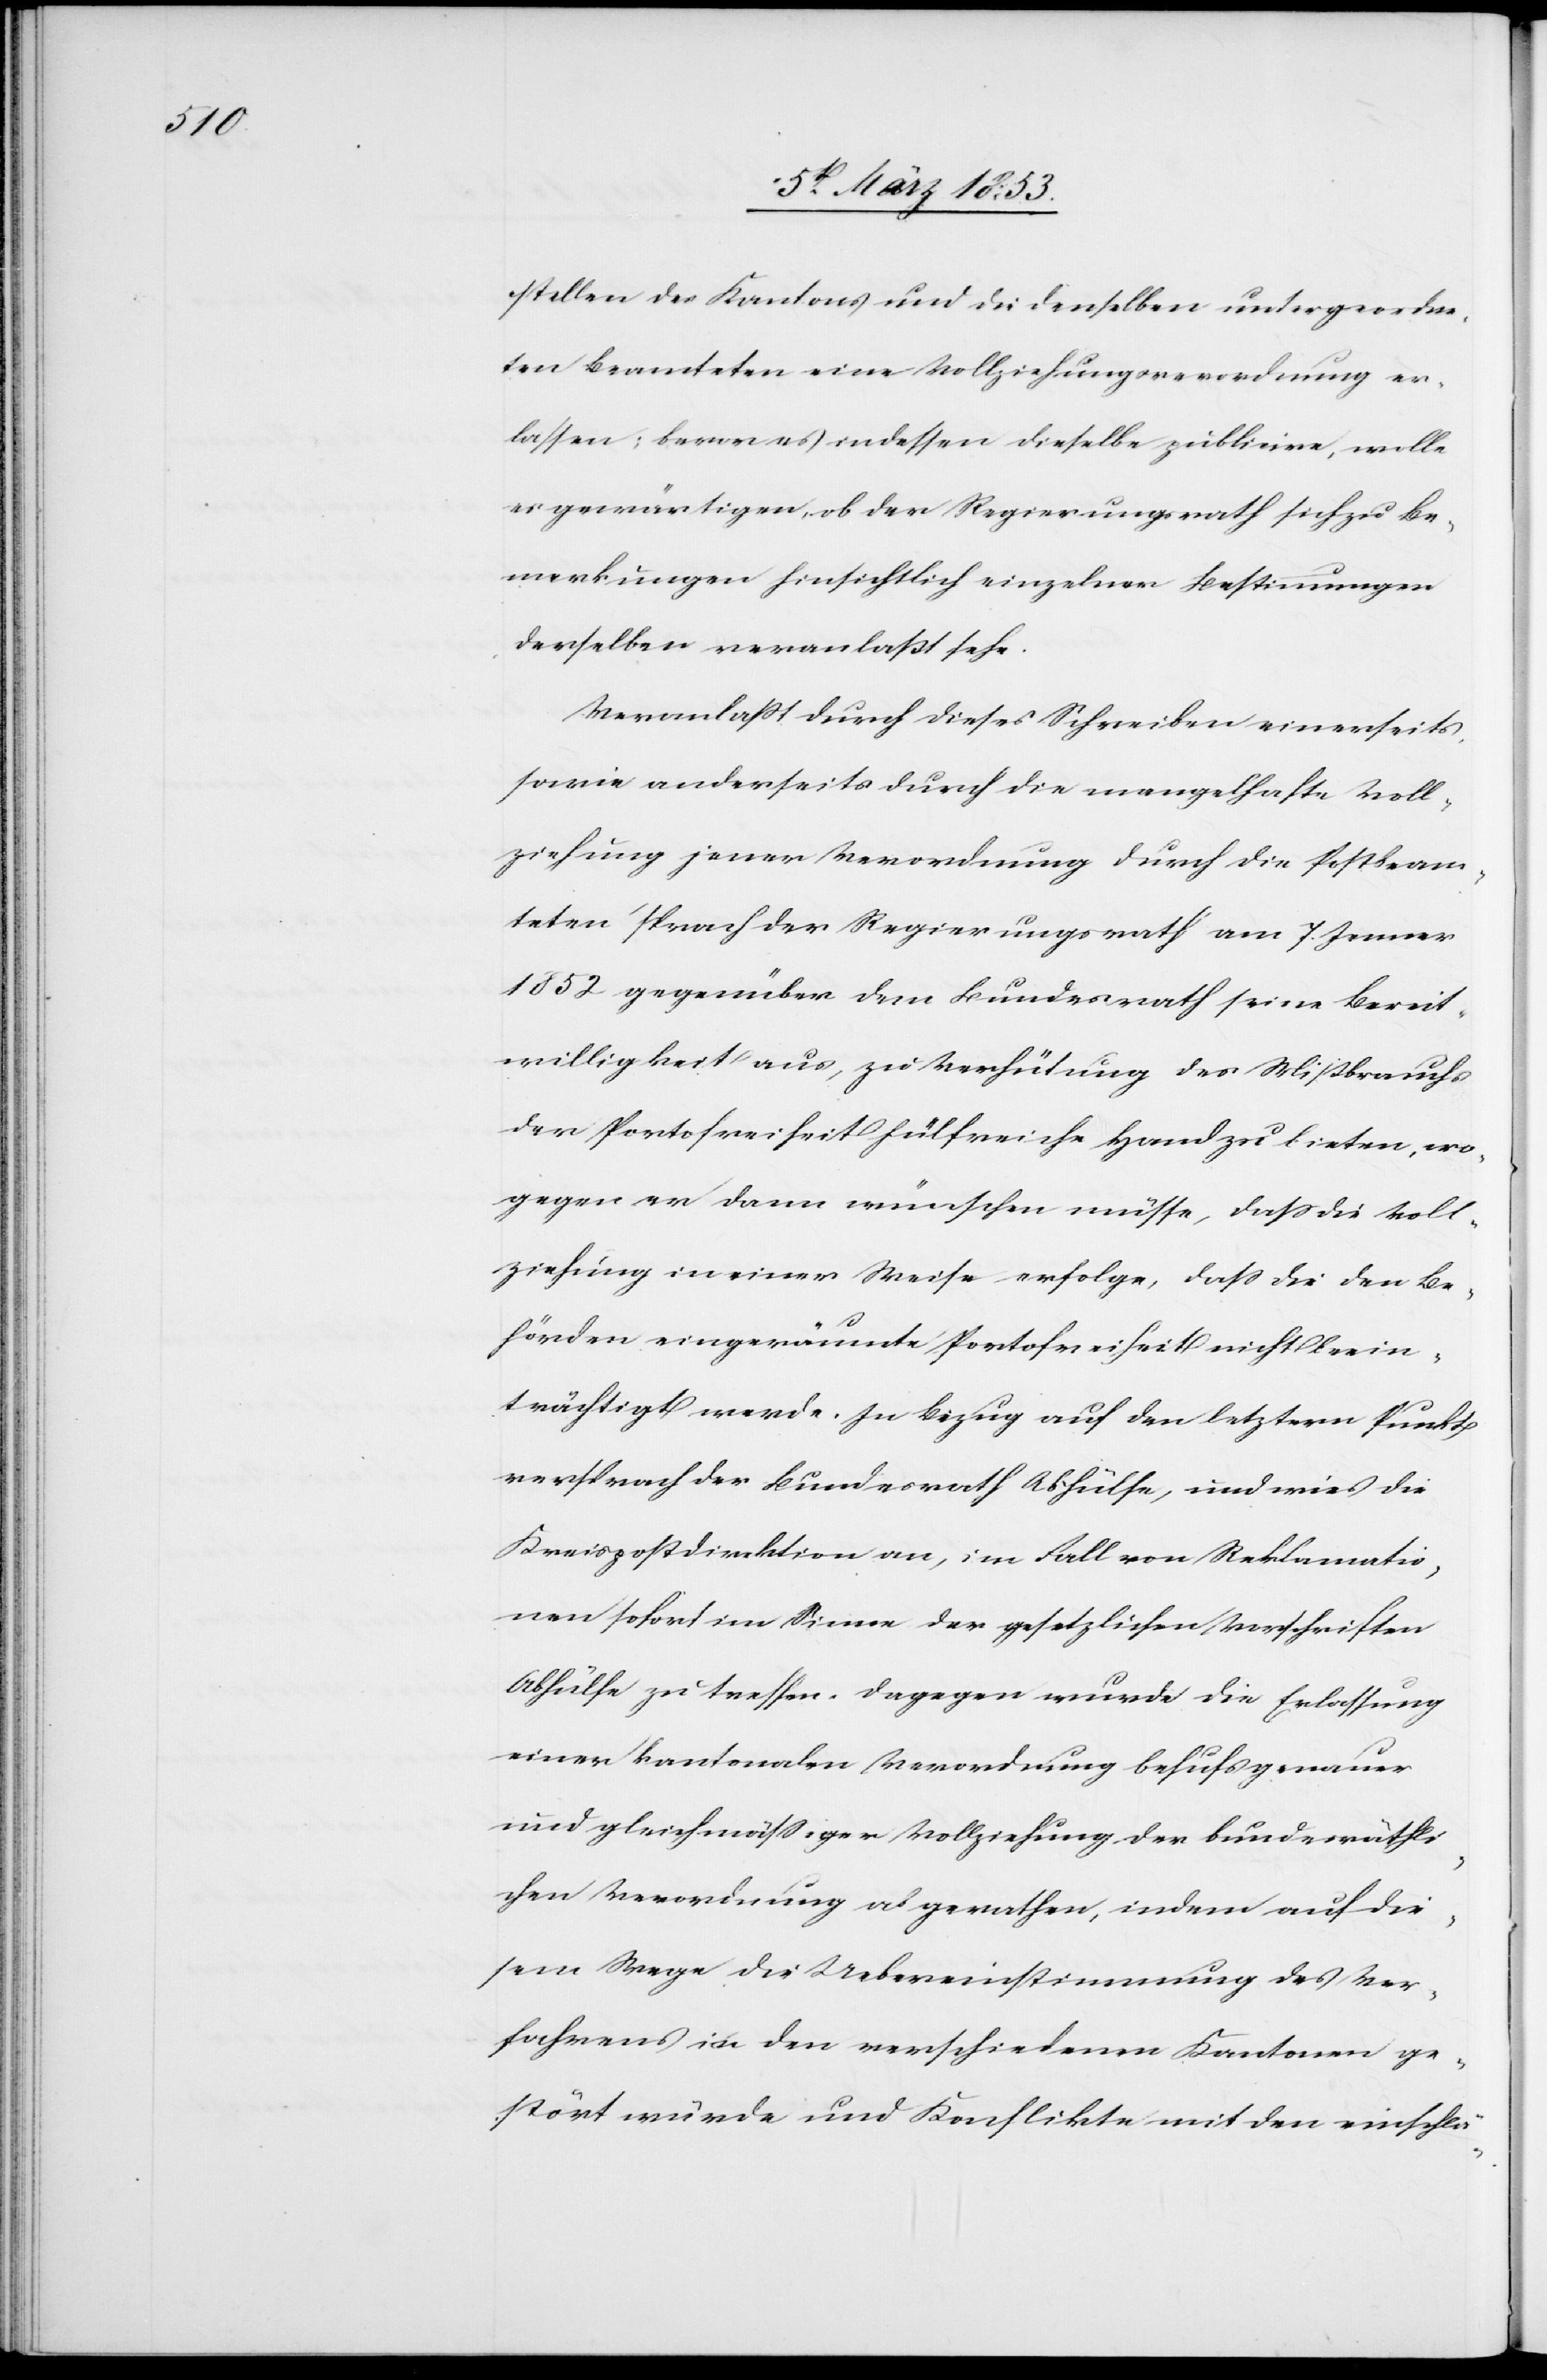
stellen die Kantons und die denselben untergeordne¬
ten Beamteten eine Vollziehungsverordnung er¬
lassen: bevor es indessen dieselbe publicire, wolle
es gegenwärtig, ob der Regierungsrath sich zu Be¬
merkungen hinsichtlich Bestimmungen derselben
Veranlaßt durch dieses Schreiben einerseits
sowie anderseits durch die mangelhafte Voll¬
ziehung jener Verordnung durch die Postbeam¬
teten sprach der Regierungsrath am 7. Jenner
1852 gegenüber dem Bundesrath seine Bereit¬
willigkeit aus, zu Verhütung des Mißbrauchs
der Portolosigkeit hülfreiche Hand zu bieten, wo¬
gegen er dann wünschen müsse, daß die Voll¬
ziehung in einer Weise erfolge, daß die den Be¬
hörden eingeräumte Portofreiheit nicht beein¬
trächtigt werde. In Bezug auf den letztern Punkt
versprach der Bundesrath Abhülfe, und wies die
Kreispostdirektion an, im Fall von Reklamatio¬
nen sofort im Sinne der gesetzlichen Vorschriften
Abhülfe zu treffen. Dagegen wurde die Erlassung
einer kantonalen Verordnung behufs genauer
und gleichmäßiger Vollziehung der bundesräthli¬
chen Verordnung abgerathen, indem auf die¬
sem Wege die Uebereinstimmung des Ver¬
fahrens in den verschiedenen Kantonen ge¬
stört wurde und Konflikte mit den einschlä-